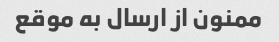
ممنون از ارسال به موقع